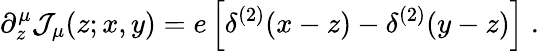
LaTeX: \partial_{z}^{\mu}{\cal J}_{\mu}(z;x,y)=e\left[\delta^{(2)}(x-z)-\delta^{(2)}(y-z)\right]\; .